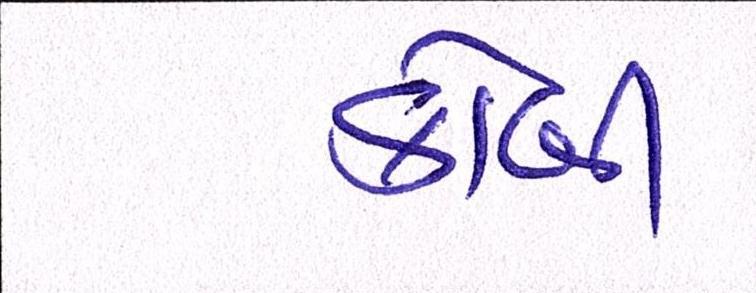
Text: કોબી